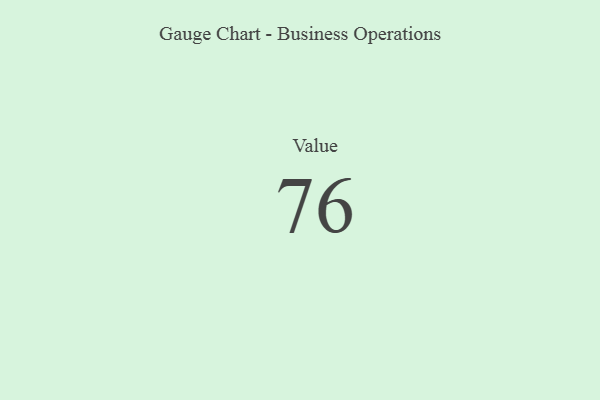
{"axis": {"x": "Metric", "y": "Value"}, "legend": [""], "data": [{"x": "Value", "y": 76, "type": ""}]}